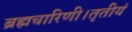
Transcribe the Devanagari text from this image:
ब्रह्मचारिणी।तृतीयं